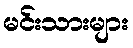
မင်းသားများ